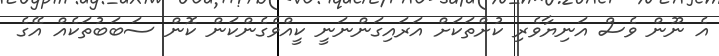
އެ ނޫން ވެސް އަނިޔާވެރި ކުށްތަކަށް އަރައިގަންނަނީ ކީއްވެގެންކަން ކޮން ސަބަބުތަކެއް އޭގެ